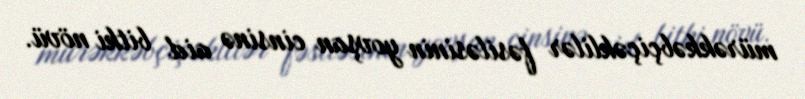
mürəkkəbçiçəklilər fəsiləsinin yovşan cinsinə aid bitki növü.